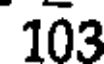
103